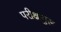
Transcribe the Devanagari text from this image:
परीक्षागुरू